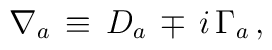
\nabla_a \, \equiv \, D_a \, \mp \, i \, \Gamma_a \, ,